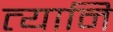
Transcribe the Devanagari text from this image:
त्यानि